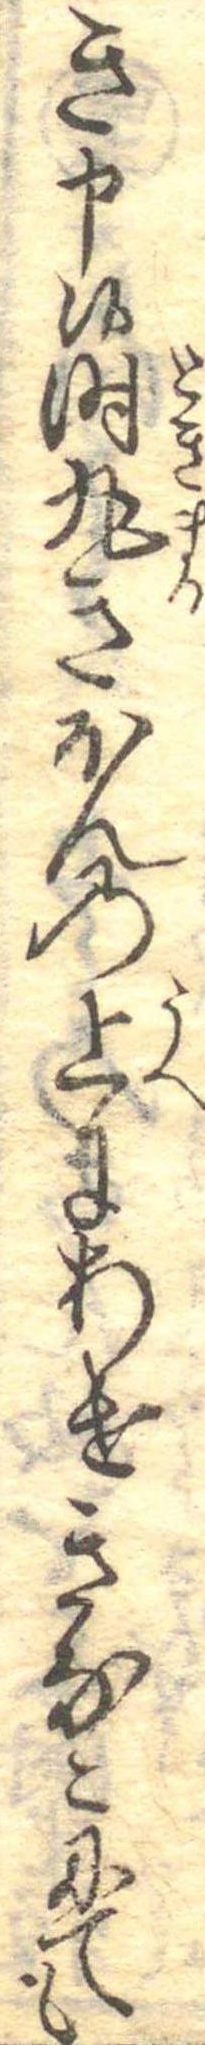
き申候時丸きほんの上にあけきなこにても